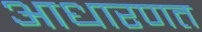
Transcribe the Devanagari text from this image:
आधारणत